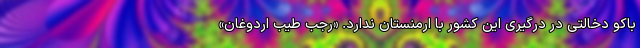
باکو دخالتی در درگیری این کشور با ارمنستان ندارد. «رجب طیب اردوغان»